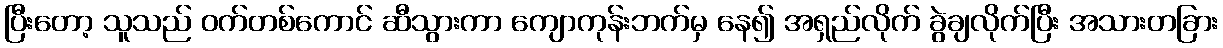
ပြီးတော့ သူသည် ဝက်တစ်ကောင် ဆီသွားကာ ကျောကုန်းဘက်မှ နေ၍ အရှည်လိုက် ခွဲချလိုက်ပြီး အသားတခြား